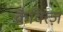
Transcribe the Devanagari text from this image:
क्रैवित्ज़